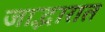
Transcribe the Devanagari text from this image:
जाद्भारात